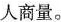
人商量。